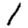
Digit: 1